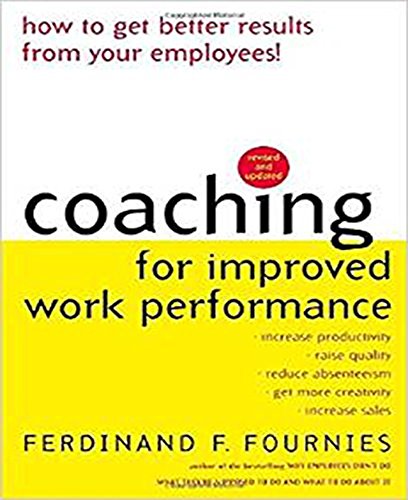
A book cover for Coaching for Improved Work Performance, Revised Edition; Ferdinand Fournies; Business & Money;